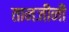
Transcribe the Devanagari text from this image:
तानजींनी